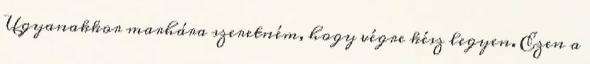
Ugyanakkor marhára szeretném, hogy végre kész legyen. Ezen a